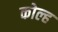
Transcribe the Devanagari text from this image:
कोल्ह